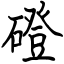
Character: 磴